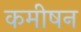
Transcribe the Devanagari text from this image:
कमीषन